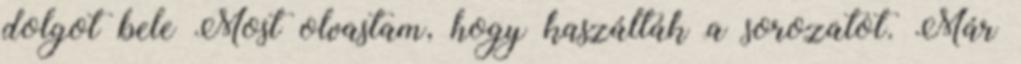
dolgot bele Most olvastam, hogy kaszálták a sorozatot. Már